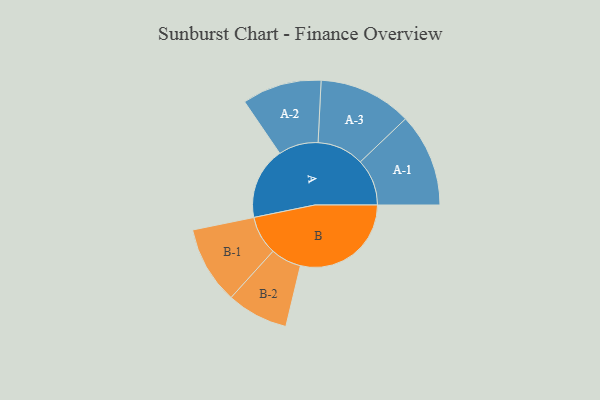
{"axis": {"x": "Segment", "y": "Value"}, "legend": ["", "A", "B"], "data": [{"x": "A", "y": 239, "type": ""}, {"x": "B", "y": 368, "type": ""}, {"x": "A-1", "y": 155, "type": "A"}, {"x": "A-2", "y": 132, "type": "A"}, {"x": "A-3", "y": 155, "type": "A"}, {"x": "B-1", "y": 129, "type": "B"}, {"x": "B-2", "y": 102, "type": "B"}]}